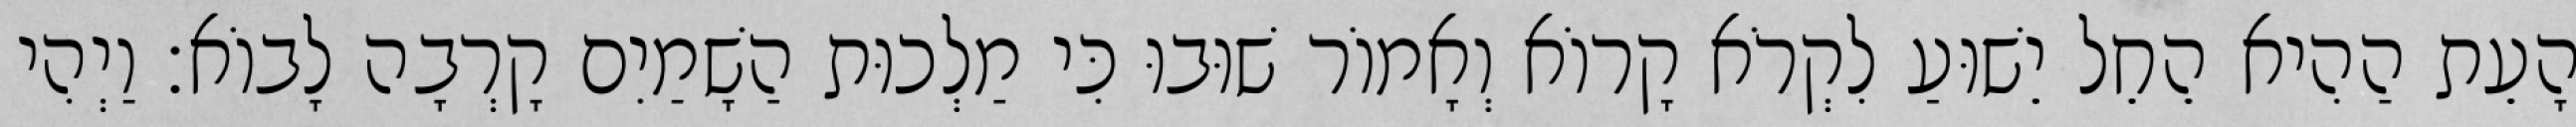
הָעֵת הַהִיא הֵחֵל יֵשׁוּעַ לִקְרֹא קָרוֹא וְאָמוֹר שׁוּבוּ כִּי מַלְכוּת הַשָׁמַיִם קָרְבָה לָבוֹא׃ וַיְהִי